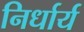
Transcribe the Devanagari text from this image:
निर्धार्य